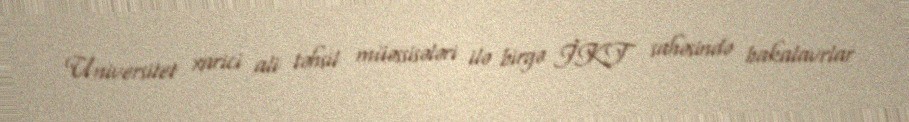
Universitet xarici ali təhsil müəssisələri ilə birgə İKT sahəsində bakalavrlar